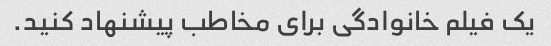
یک فیلم خانوادگی برای مخاطب پیشنهاد کنید.